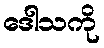
ဒေါသကို